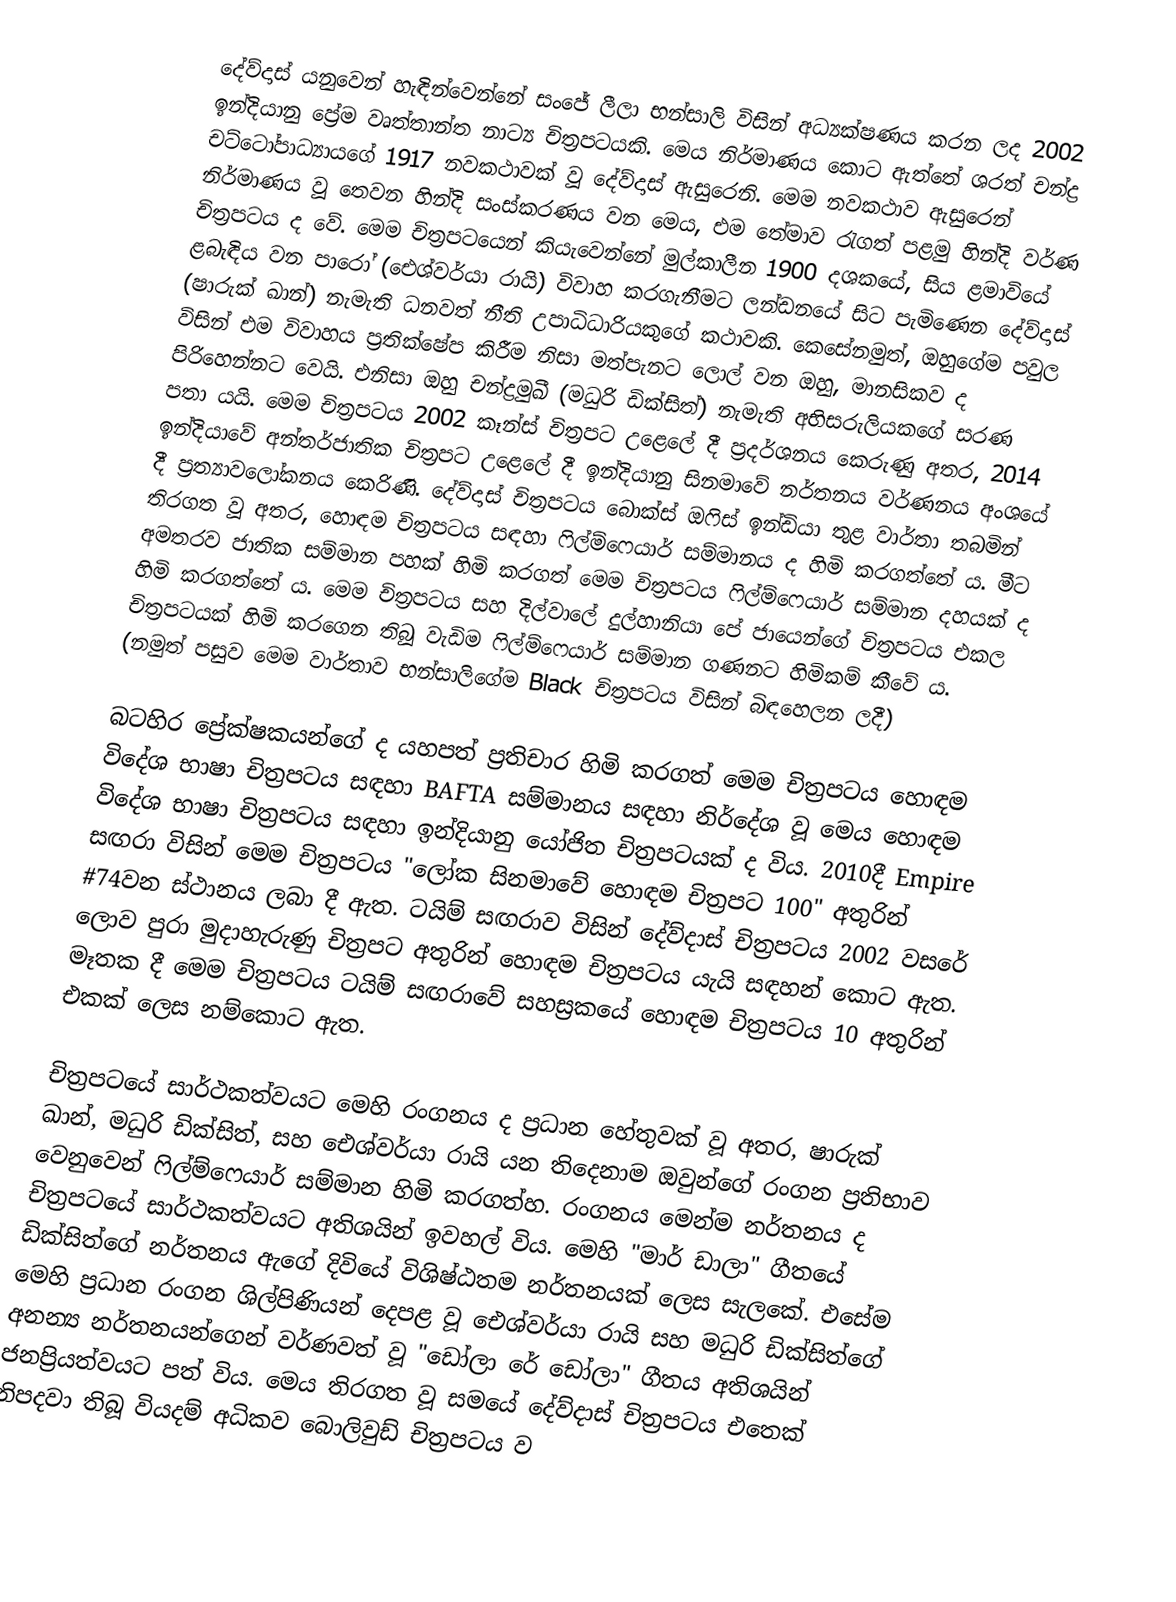
දේව්දාස් යනුවෙන් හැඳින්වෙන්නේ සංජේ ලීලා භන්සාලි විසින් අධ්‍යක්ෂණය කරන ලද 2002 ඉන්දියානු ප්‍රේම වෘත්තාන්ත නාට්‍ය චිත්‍රපටයකි. මෙය නිර්මාණය කොට ඇත්තේ ශරත් චන්ද්‍ර චට්ටෝපාධ්‍යායගේ 1917 නවකථාවක් වූ දේව්දාස් ඇසුරෙනි. මෙම නවකථාව ඇසුරෙන් නිර්මාණය වූ තෙවන හින්දි සංස්කරණය වන මෙය, එම තේමාව රැගත් පළමු හින්දි වර්ණ චිත්‍රපටය ද වේ. මෙම චිත්‍රපටයෙන් කියැවෙන්නේ මුල්කාලීන 1900 දශකයේ, සිය ළමාවියේ ළබැඳිය වන පාරෝ (ඓශ්වර්යා රායි) විවාහ කරගැනීමට ලන්ඩනයේ සිට පැමිණෙන දේව්දාස් (ෂාරුක් ඛාන්) නැමැති ධනවත් නීති උපාධිධාරියකුගේ කථාවකි. කෙසේනමුත්, ඔහුගේම පවුල විසින් එම විවාහය ප්‍රතික්ෂේප කිරීම නිසා මත්පැනට ලොල් වන ඔහු, මානසිකව ද පිරිහෙන්නට වෙයි. එනිසා ඔහු චන්ද්‍රමුඛී (මධුරි ඩික්සිත්) නැමැති අභිසරුලියකගේ සරණ පතා යයි. මෙම චිත්‍රපටය 2002 කෑන්ස් චිත්‍රපට උළෙලේ දී ප්‍රදර්ශනය කෙරුණු අතර, 2014 ඉන්දියාවේ අන්තර්ජාතික චිත්‍රපට උළෙලේ දී ඉන්දියානු සිනමාවේ නර්තනය වර්ණනය අංශයේ දී ප්‍රත්‍යාවලෝකනය ‍කෙරිණි. දේව්දාස් චිත්‍රපටය බොක්ස් ඔෆිස් ඉන්ඩියා තුළ වාර්තා තබමින් තිරගත වූ අතර, හොඳම චිත්‍රපටය සඳහා ෆිල්ම්ෆෙයාර් සම්මානය ද හිමි කරගත්තේ ය. මීට අමතරව ජාතික සම්මාන පහක් හිමි කරගත් මෙම චිත්‍රපටය ෆිල්ම්ෆෙයාර් සම්මාන දහයක් ද හිමි කරගත්තේ ය. මෙම චිත්‍රපටය සහ දිල්වාලේ දුල්හානියා පේ ජායෙන්ගේ චිත්‍රපටය එකල චිත්‍රපටයක් හිමි කරගෙන තිබූ වැඩිම ෆිල්ම්ෆෙයාර් සම්මාන ගණනට හිමිකම් කීවේ ය‍. (නමුත් පසුව මෙම වාර්තාව භන්සාලිගේම Black චිත්‍රපටය විසින් බිඳහෙලන ලදී)

බටහිර ප්‍රේක්ෂකයන්ගේ ද යහපත් ප්‍රතිචාර හිමි කරගත් මෙම චිත්‍රපටය හොඳම විදේශ භාෂා චිත්‍රපටය සඳහා BAFTA සම්මානය සඳහා නිර්දේශ වූ මෙය හොඳම විදේශ භාෂා චිත්‍රපටය සඳහා ඉන්දියානු යෝජිත චිත්‍රපටයක් ද විය. 2010දී Empire සඟරා විසින් මෙම චිත්‍රපටය "ලෝක සිනමාවේ හොඳම චිත්‍රපට 100" අතුරින් #74වන ස්ථානය ලබා දී ඇත. ටයිම් සඟරාව විසින් දේව්දාස් චිත්‍රපටය 2002 වසරේ ලොව පුරා මුදාහැරුණු චිත්‍රපට අතුරින් හොඳම චිත්‍රපටය යැයි සඳහන් කොට ඇත. මෑතක දී මෙම චිත්‍රපටය ටයිම් සඟරාවේ සහස්‍රකයේ හොඳම චිත්‍රපටය 10 අතුරින් එකක් ලෙස නම්කොට ඇත.

චිත්‍රපටයේ සාර්ථකත්වයට මෙහි රංගනය ද ප්‍රධාන හේතුවක් වූ අතර, ෂාරුක් ඛාන්, මධුරි ඩික්සිත්, සහ ඓශ්වර්යා රායි යන තිදෙනාම ඔවුන්ගේ රංගන ප්‍රතිභාව වෙනුවෙන් ෆිල්ම්ෆෙයාර් සම්මාන හිමි කරගත්හ. රංගනය මෙන්ම නර්තනය ද චිත්‍රපටයේ සාර්ථකත්වයට අතිශයින් ඉවහල් විය. මෙහි "මාර් ඩාලා" ගීතයේ ඩික්සිත්‍ගේ නර්තනය ඇගේ දිවියේ විශිෂ්ඨතම නර්තනයක් ලෙස සැලකේ. එසේම මෙහි ප්‍රධාන රංගන ශිල්පිණියන් දෙපළ වූ ඓශ්වර්යා රායි සහ මධුරි ඩික්සිත්ගේ අනන්‍ය නර්තනයන්ගෙන් වර්ණවත් වූ "ඩෝලා රේ ඩෝලා" ගීතය අතිශයින් ජනප්‍රියත්වයට පත් විය‍. මෙය තිරගත වූ සමයේ දේව්දාස් චිත්‍රපටය එතෙක් නිපදවා තිබූ වියදම් අධිකව බොලිවුඩ් චිත්‍රපටය ව